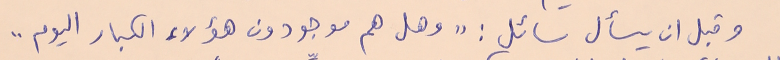
وقبل ان يسأل سائل : "وهل هم موجودون هؤلاء الكبار اليوم ..